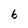
Character: 6